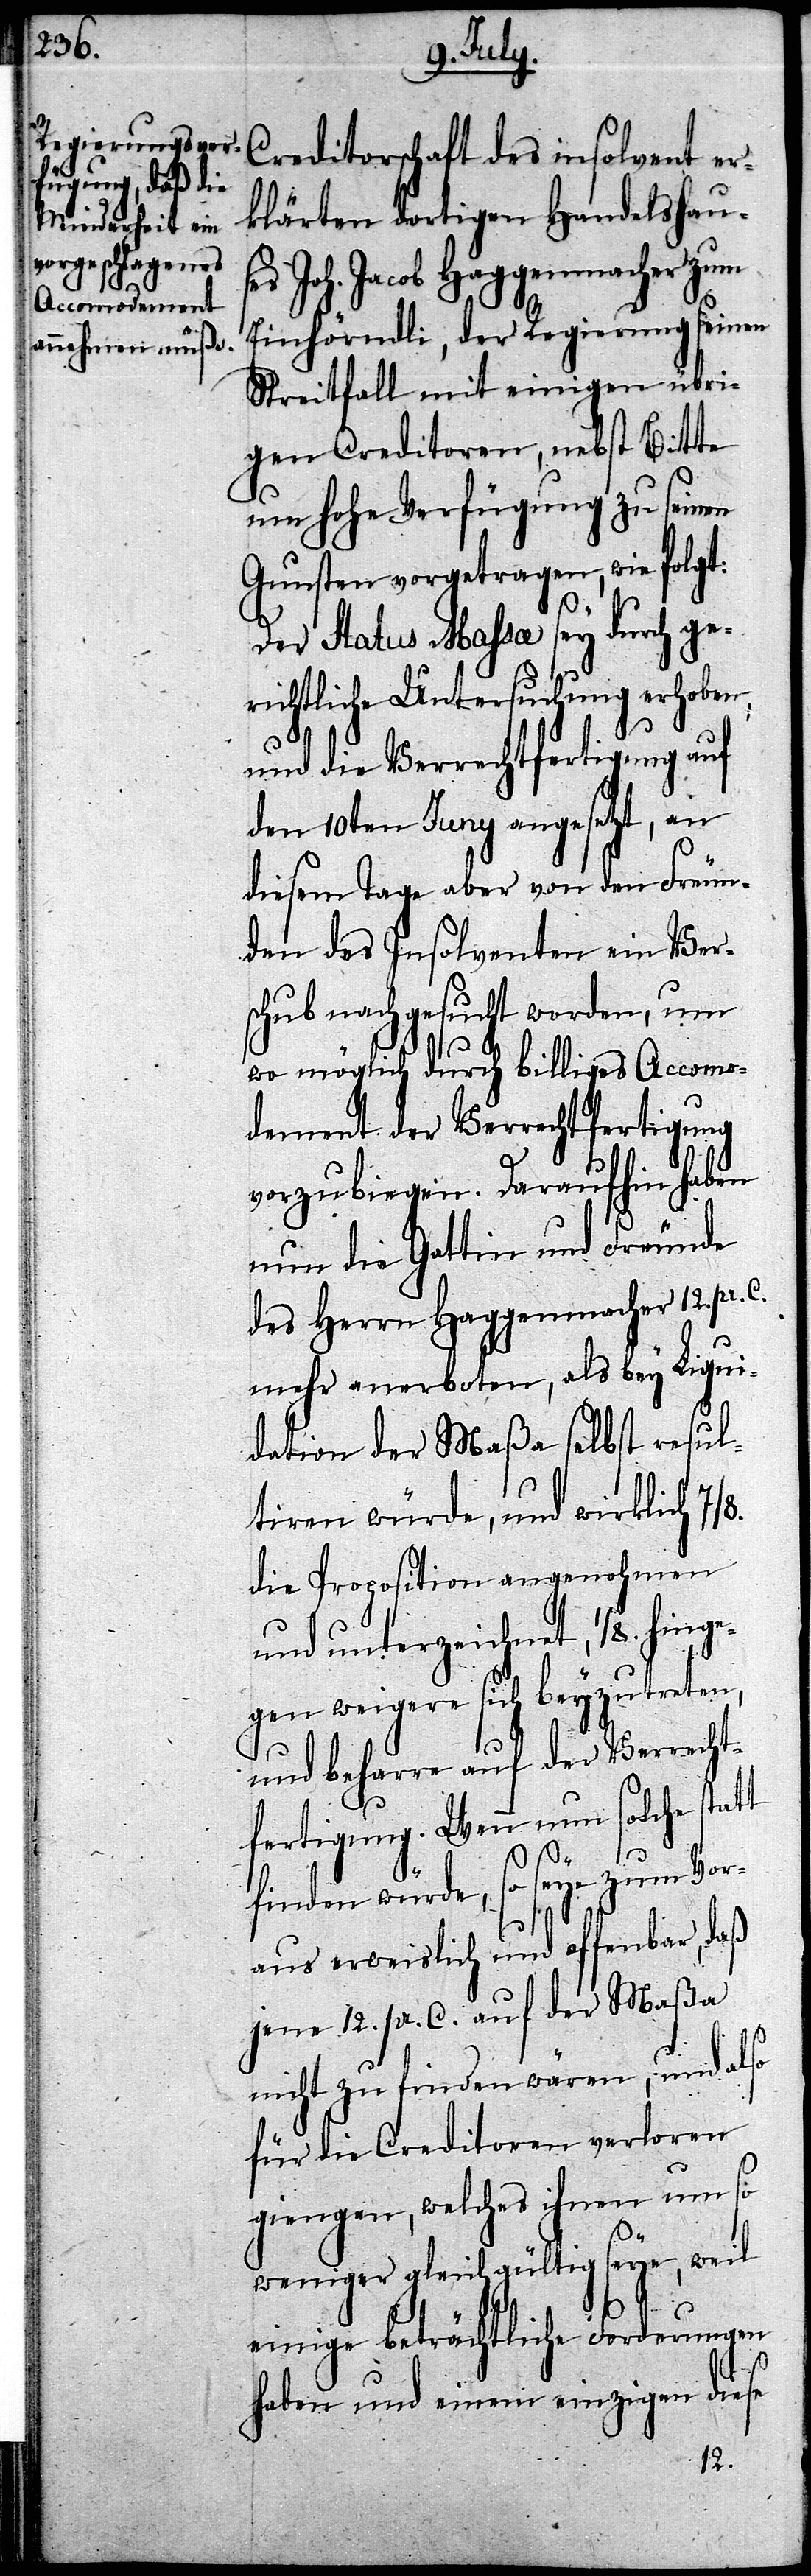
Regierung seinen

Creditorschaft des insolvent er¬
klärten dortigen Handelshaus¬
es Joh. Jacob Haggenmacher zum
Streitfall mit einigen übri¬
gen Creditoren, nebst Bitte
um Hohe Verfügung zu seinen
Gunsten vorgetragen, wie folgt:
Der Status Massa sey durch ge¬
richtliche Untersuchung erhoben,
und die Verrechtfertigung auf
den 10ten Juny angesetzt, an
diesem Tage aber von den Freun¬
den des Insolventen ein Ver¬
schub nachgesucht worden, um
wo möglich durch billiges Accomo¬
dement der Verrechtfertigung
vorzubiegen. Daraufhin haben
nun die Gattin und Freunde
des Herrn Haggenmacher 12. pr. C.
mehr anerboten, als bey Liqui¬
dation der Maßa selbst resul¬
tiren würde, und wirklich 7/8.
die Proposition angenohmen
und unterzeichnet, 1/8. hing¬
egen weigere sich beyzutreten,
und beharre auf der Verrecht¬
fertigung. Wenn nun solche stat¬
t
finden würde, so seye zum Vor¬
aus erweislich und offenbar,
jene 12. pr. C. auf der Maßa
nicht zu finden wären, und also
für die Creditoren verloren
giengen, welches ihnen um so
weniger gleichgültig seye, weil
einige beträchtliche Forderungen
haben und einem einzigen diese